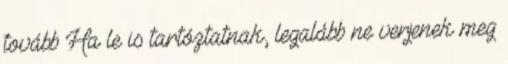
tovább Ha le is tartóztatnak, legalább ne verjenek meg